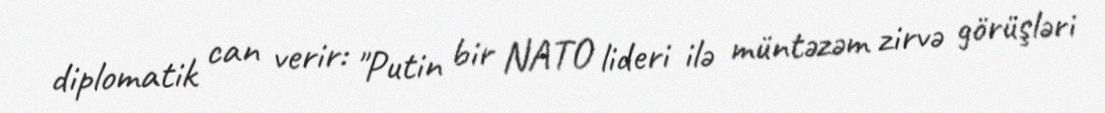
diplomatik can verir: "Putin bir NATO lideri ilə müntəzəm zirvə görüşləri